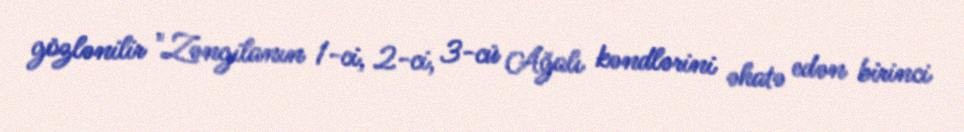
gözlənilir "Zəngilanın 1-ci, 2-ci, 3-cü Ağalı kəndlərini əhatə edən birinci